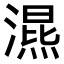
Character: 𣽙